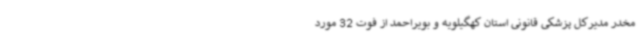
مخدر مدیرکل پزشکی قانونی استان کهگیلویه و بویراحمد از فوت 32 مورد